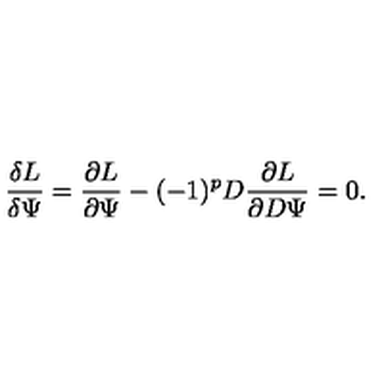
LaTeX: { \frac { \delta L } { \delta \Psi } } = { \frac { \partial L } { \partial \Psi } } - ( - 1 ) ^ { p } D { \frac { \partial L } { \partial D \Psi } } = 0 .